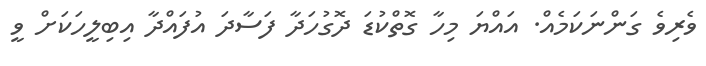
ވެރިވެ ގަންނަކަމެއް. އައްޔަ މިހާ ގޮތްކުޑަ ދޮގުހަދާ ފަސާދަ އުފައްދާ އިބިލީހަކަށް ވީ